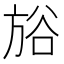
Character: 𣃺